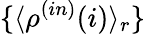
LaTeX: \{ \langle\rho^{(in)}(i)\rangle_{r}\}